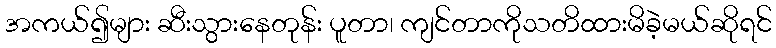
အကယ်၍များ ဆီးသွားနေတုန်း ပူတာ၊ ကျင်တာကိုသတိထားမိခဲ့မယ်ဆိုရင်